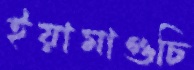
ইয়ামাগুচি